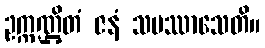
ဥက္ကဏ္ဌိတံ ဇနံ သမဿာသေတိ။